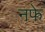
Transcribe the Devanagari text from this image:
नफे़